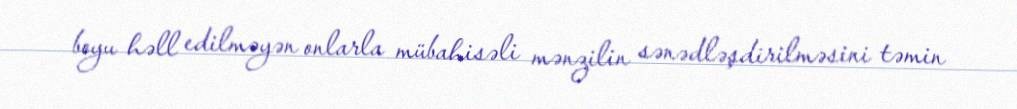
boyu həll edilməyən onlarla mübahisəli mənzilin sənədləşdirilməsini təmin